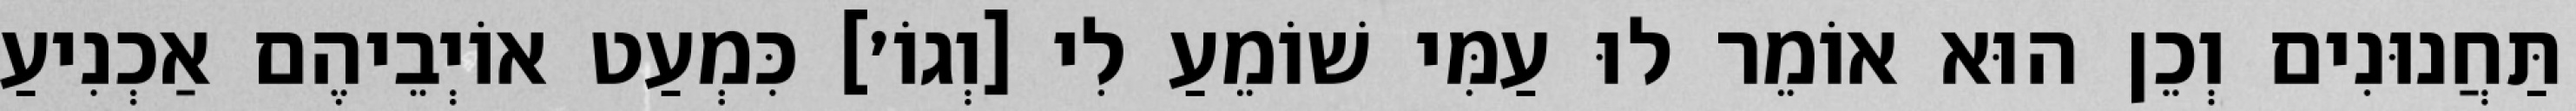
תַּחֲנוּנִים וְכֵן הוּא אוֹמֵר לוּ עַמִּי שׁוֹמֵעַ לִי [וְגוֹ׳] כִּמְעַט אוֹיְבֵיהֶם אַכְנִיעַ